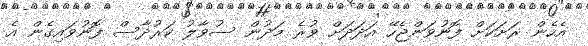
އެހެން ރަށަކަށް ފޮނުވަންޖެހޭ އަދަދަށް ވުރެ މަދުން ސުވާލު ކަރުދާސް ފޮނުވައިގެން އެ